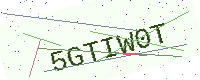
Text: 5GTIW0T